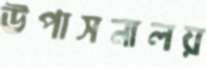
উপাসনালয়